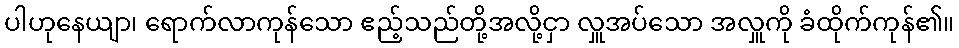
ပါဟုနေယျာ၊ ရောက်လာကုန်သော ဧည့်သည်တို့အလို့ငှာ လှူအပ်သော အလှူကို ခံထိုက်ကုန်၏။